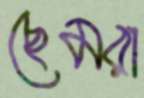
ছেমরা